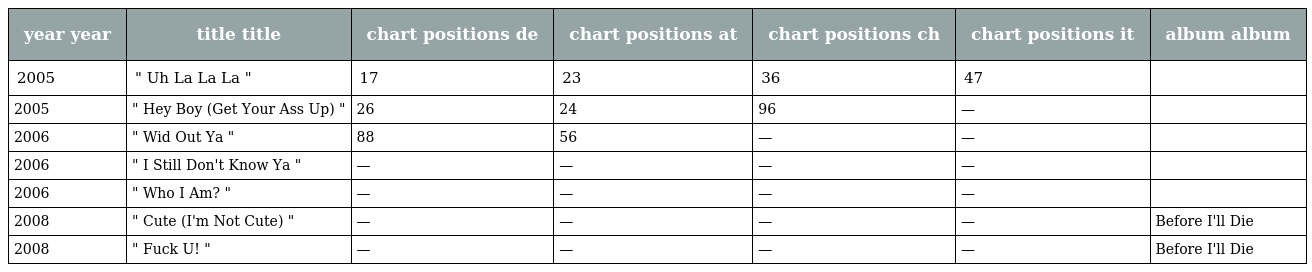
| year year | title title | chart positions de | chart positions at | chart positions ch | chart positions it | album album |
 | --- | --- | --- | --- | --- | --- | --- |
 | 2005 | " Uh La La La " | 17 | 23 | 36 | 47 |  |
 | 2005 | " Hey Boy (Get Your Ass Up) " | 26 | 24 | 96 | — |  |
 | 2006 | " Wid Out Ya " | 88 | 56 | — | — |  |
 | 2006 | " I Still Don't Know Ya " | — | — | — | — |  |
 | 2006 | " Who I Am? " | — | — | — | — |  |
 | 2008 | " Cute (I'm Not Cute) " | — | — | — | — | Before I'll Die |
 | 2008 | " Fuck U! " | — | — | — | — | Before I'll Die |